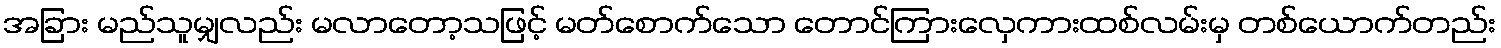
အခြား မည်သူမျှလည်း မလာတော့သဖြင့် မတ်စောက်သော တောင်ကြားလှေကားထစ်လမ်းမှ တစ်ယောက်တည်း